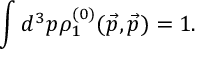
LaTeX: \int d ^ { 3 } p \rho _ { 1 } ^ { ( 0 ) } ( \vec { p } , \vec { p } ) = 1 .